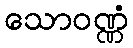
သောဝဏ္ဏံ